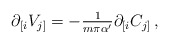
\begin{align*}\partial_{[i}V_{j]} = -{\textstyle\frac{1}{m\pi \alpha^{\prime}}}\partial_{[i}C_{j]}\, ,\end{align*}